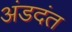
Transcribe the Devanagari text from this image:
अंडदंत